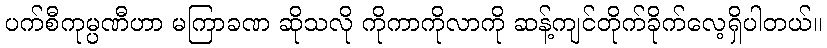
ပက်စီကုမ္ပဏီဟာ မကြာခဏ ဆိုသလို ကိုကာကိုလာကို ဆန့်ကျင်တိုက်ခိုက်လေ့ရှိပါတယ်။